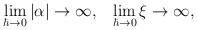
LaTeX: \begin{align*}\lim_{\hbar \to 0} |\alpha| \to \infty, ~~\lim_{\hbar \to 0} \xi \to \infty,\end{align*}